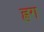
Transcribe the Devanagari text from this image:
ह्रग